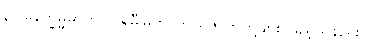
၃။ နေက္ခမ္မဓာတ်၊ ပါရမီမြတ်၊ ဘယ်ဇာတ်တို့ဖျား ဖြည့်သနည်း။